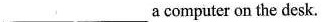
___ ___acomputer on the desk.